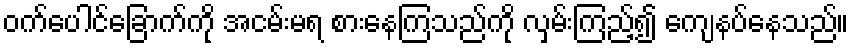
ဝက်ပေါင်ခြောက်ကို အငမ်းမရ စားနေကြသည်ကို လှမ်းကြည့်၍ ကျေနပ်နေသည်။